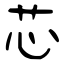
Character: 芯